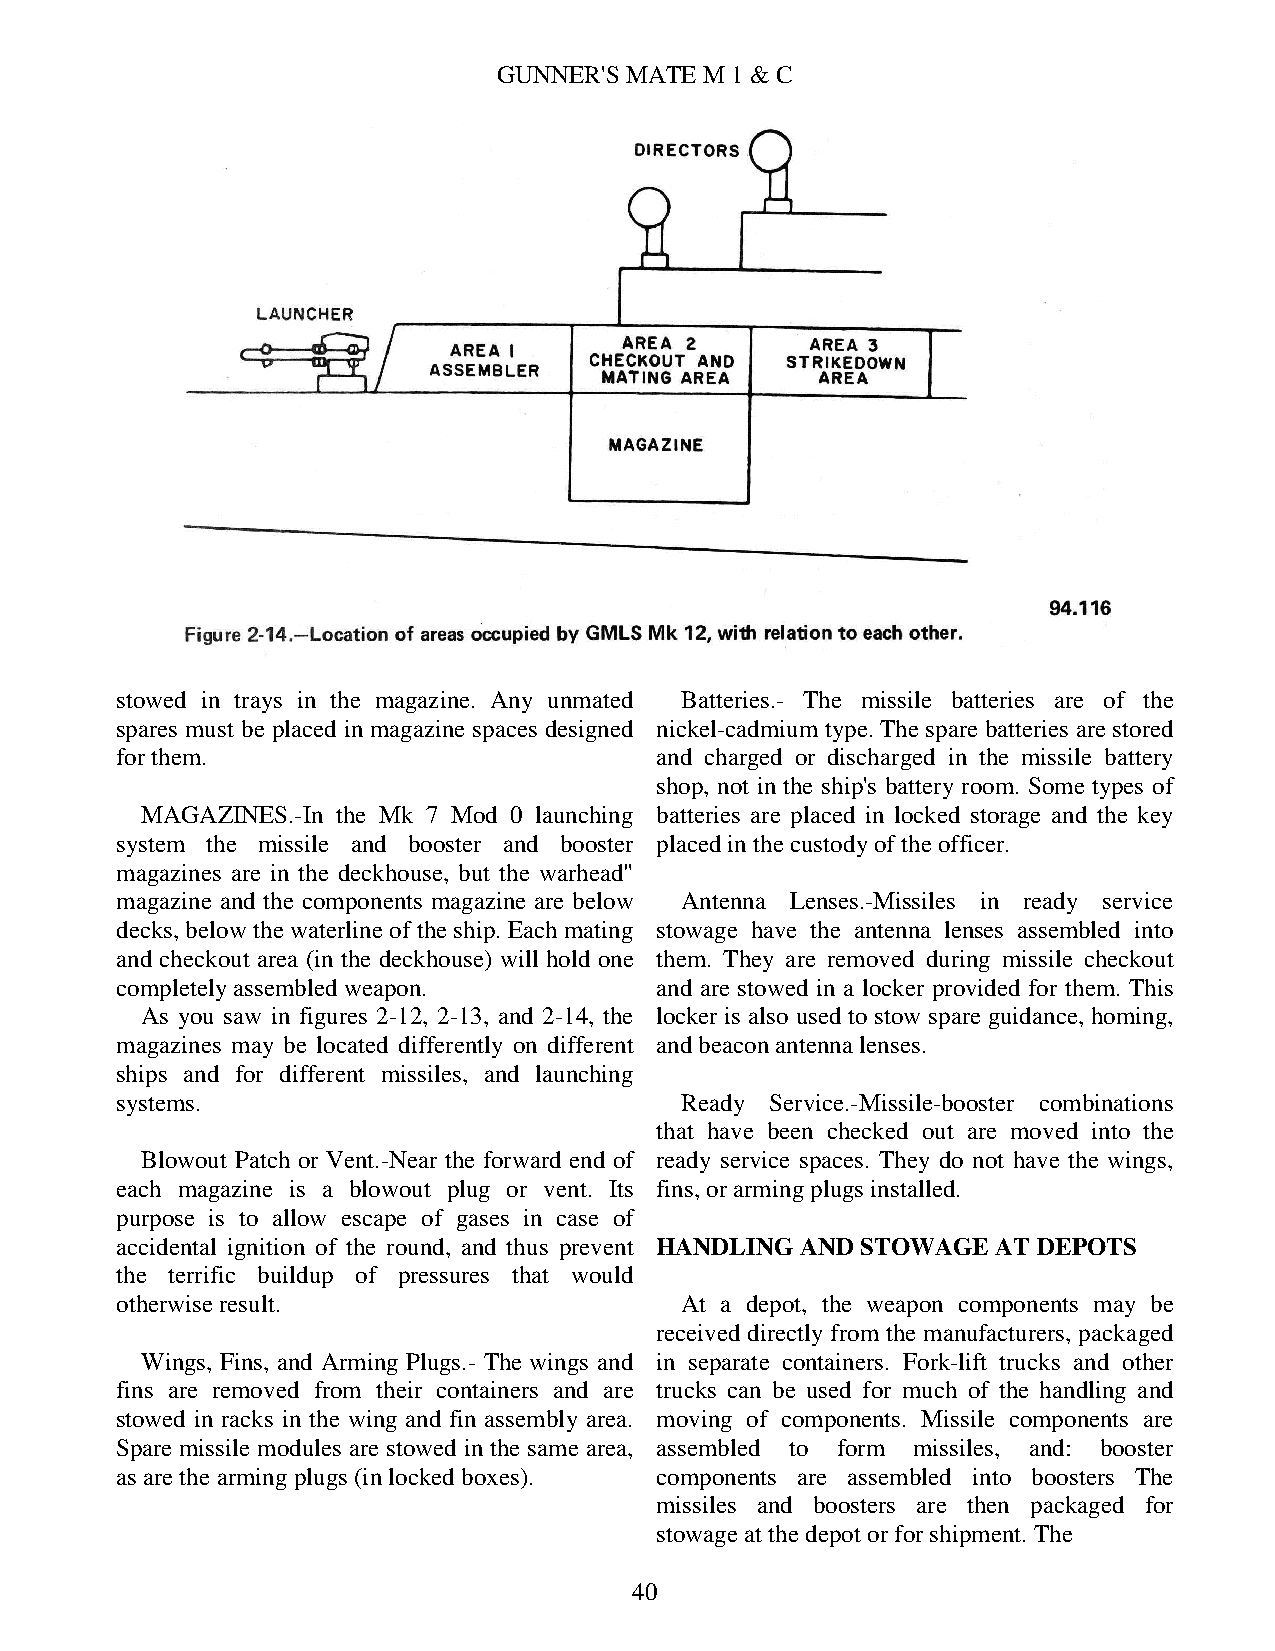
GUNNER'S MATE M 1 & C
 stowed in trays in the magazine. Any unmated Batteries.- The missile batteries are of the
 spares must be placed in magazine spaces designed nickel-cadmium type. The spare batteries are stored
 for them.                          and charged or discharged in the missile battery
 shop, not in the ship's battery room. Some types of
 MAGAZINES.-In the Mk 7 Mod 0 launching batteries are placed in locked storage and the key
 system the missile and booster and booster placed in the custody of the officer.
 magazines are in the deckhouse, but the warhead"
 magazine and the components magazine are below Antenna Lenses.-Missiles in ready service
 decks, below the waterline of the ship. Each mating stowage have the antenna lenses assembled into
 and checkout area (in the deckhouse) will hold one them. They are removed during missile checkout
 completely assembled weapon.       and are stowed in a locker provided for them. This
 As you saw in figures 2-12, 2-13, and 2-14, the locker is also used to stow spare guidance, homing,
 magazines may be located differently on different and beacon antenna lenses.
 ships and for different missiles, and launching
 systems.                             Ready Service.-Missile-booster combinations
 that have been checked out are moved into the
 Blowout Patch or Vent.-Near the forward end of ready service spaces. They do not have the wings,
 each magazine is a blowout plug or vent. Its fins, or arming plugs installed.
 purpose is to allow escape of gases in case of
 accidental ignition of the round, and thus prevent HANDLING AND STOWAGE AT DEPOTS
 the terrific buildup of pressures that would
 otherwise result.                    At a depot, the weapon components may be
 received directly from the manufacturers, packaged
 Wings, Fins, and Arming Plugs.- The wings and in separate containers. Fork-lift trucks and other
 fins are removed from their containers and are trucks can be used for much of the handling and
 stowed in racks in the wing and fin assembly area. moving of components. Missile components are
 Spare missile modules are stowed in the same area, assembled to form missiles, and: booster
 as are the arming plugs (in locked boxes). components are assembled into boosters The
 missiles and boosters are then packaged for
 stowage at the depot or for shipment. The
 40